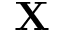
\mathbf { X }